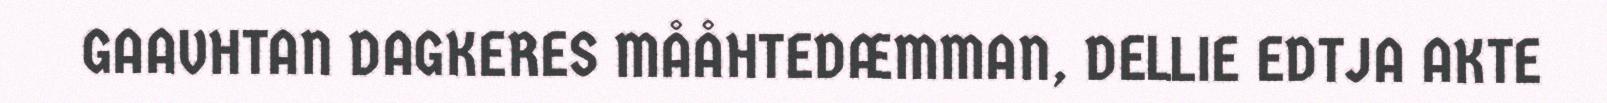
GAAVHTAN DAGKERES MÅÅHTEDÆMMAN, DELLIE EDTJA AKTE